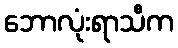
ဘောလုံးရာသီက